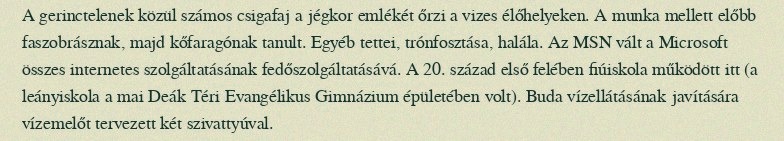
A gerinctelenek közül számos csigafaj a jégkor emlékét őrzi a vizes élőhelyeken. A munka mellett előbb faszobrásznak, majd kőfaragónak tanult. Egyéb tettei, trónfosztása, halála. Az MSN vált a Microsoft összes internetes szolgáltatásának fedőszolgáltatásává. A 20. század első felében fiúiskola működött itt (a leányiskola a mai Deák Téri Evangélikus Gimnázium épületében volt). Buda vízellátásának javítására vízemelőt tervezett két szivattyúval.